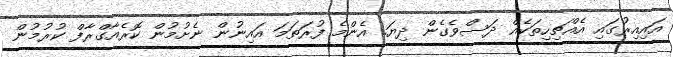
އައިއިރުގައި އެއްޗިހިތަކެއް ދަސްވެގެން ދިޔަ. އެންމެ ފުރަތަމަ އައިނުން ނެށުމުން ކޮރެއާގްރާފް ކުރުމުން